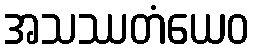
အသဿတံယေဝ